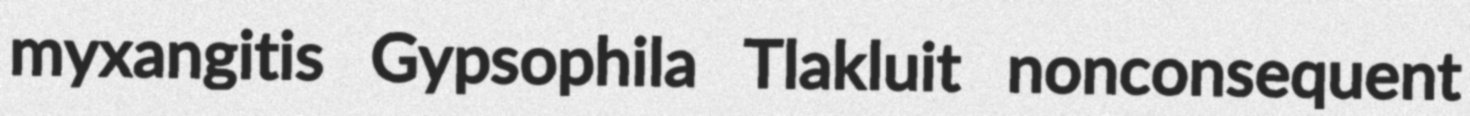
myxangitis Gypsophila Tlakluit nonconsequent